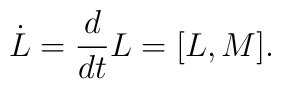
\dot{L}={d\over{dt}}L=[L,M].